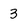
Character: 3